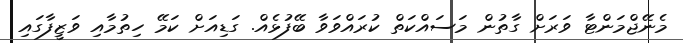
މެނޭޖްމަންޓާ ވަރަށް ގާތުން މަސައްކަތް ކުރައްވަވާ ބޭފުޅެއް. ގަޑިއަށް ކަމޭ ހިތުމާއި ވަޒީފާގައި